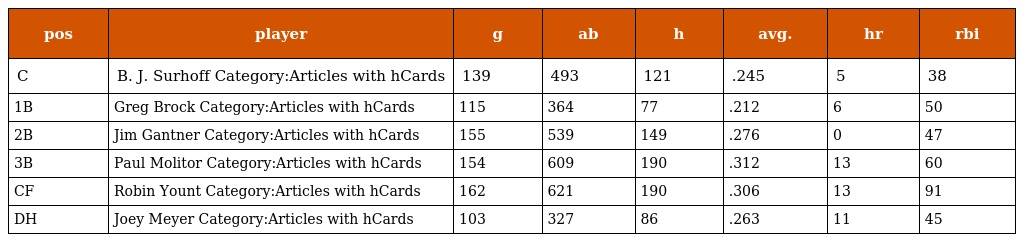
| pos | player | g | ab | h | avg. | hr | rbi |
 | --- | --- | --- | --- | --- | --- | --- | --- |
 | C | B. J. Surhoff Category:Articles with hCards | 139 | 493 | 121 | .245 | 5 | 38 |
 | 1B | Greg Brock Category:Articles with hCards | 115 | 364 | 77 | .212 | 6 | 50 |
 | 2B | Jim Gantner Category:Articles with hCards | 155 | 539 | 149 | .276 | 0 | 47 |
 | 3B | Paul Molitor Category:Articles with hCards | 154 | 609 | 190 | .312 | 13 | 60 |
 | CF | Robin Yount Category:Articles with hCards | 162 | 621 | 190 | .306 | 13 | 91 |
 | DH | Joey Meyer Category:Articles with hCards | 103 | 327 | 86 | .263 | 11 | 45 |